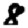
Digit: 8